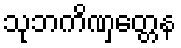
သုဘကိဏှတ္တေန